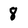
Character: 8